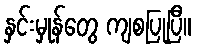
နှင်းမှုန်တွေ ကျစပြုပြီ။